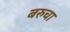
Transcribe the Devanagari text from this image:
बरुचा